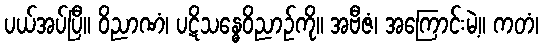
ပယ်အပ်ပြီ။ ဝိညာဏံ၊ ပဋိသန္ဓေဝိညာဉ်ကို။ အဗီဇံ၊ အကြောင်းမဲ့။ ကတံ၊